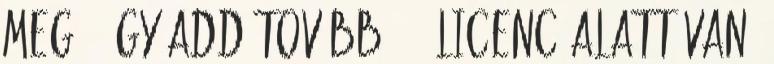
meg – Így add tovább 3.0 licenc alatt van;